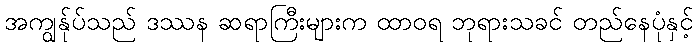
အကျွန်ုပ်သည် ဒဿန ဆရာကြီးများက ထာဝရ ဘုရားသခင် တည်နေပုံနှင့်